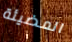
المضيئة